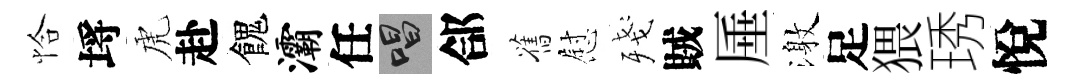
恰埓虎赴餽灞任唱郃舊慰殘賊厜激足猥琇悅